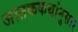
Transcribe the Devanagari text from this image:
जातककथांनुसार